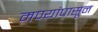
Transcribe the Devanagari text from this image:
मण्यांपासून